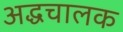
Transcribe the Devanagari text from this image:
अद्धचालक